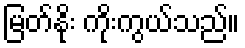
မြတ်နိုး ကိုးကွယ်သည်။